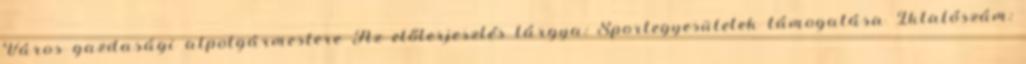
Város gazdasági alpolgármestere Az előterjesztés tárgya: Sportegyesületek támogatása Iktatószám: